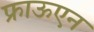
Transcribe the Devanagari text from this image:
फ्राऊएन